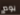
يوم